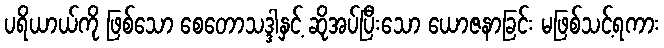
ပရိယာယ်ကို ဖြစ်သော စေတောသဒ္ဒါနှင့် ဆိုအပ်ပြီးသော ယောဇနာခြင်း မဖြစ်သင့်ရကား